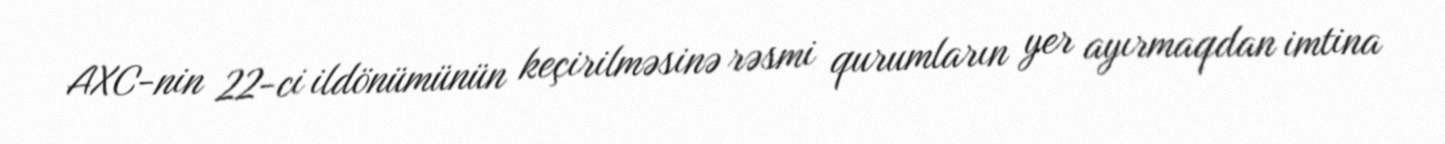
AXC-nin 22-ci ildönümünün keçirilməsinə rəsmi qurumların yer ayırmaqdan imtina